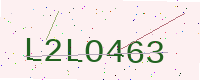
Text: L2LO463